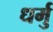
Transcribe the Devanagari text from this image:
धर्मु